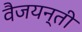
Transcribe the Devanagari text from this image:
वैजयन्‍ती